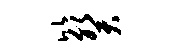
比癸